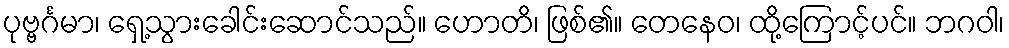
ပုဗ္ဗင်္ဂမာ၊ ရှေ့သွားခေါင်းဆောင်သည်။ ဟောတိ၊ ဖြစ်၏။ တေနေဝ၊ ထို့ကြောင့်ပင်။ ဘဂဝါ၊